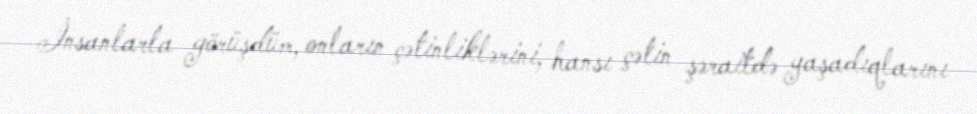
İnsanlarla görüşdüm, onların çətinliklərini, hansı çətin şəraitdə yaşadıqlarını